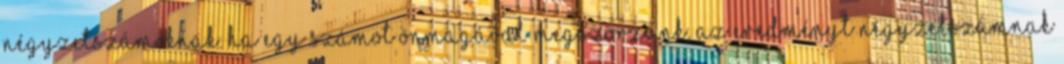
négyzetszámoknak. Ha egy számot önmagával megszorzunk, az eredményt négyzetszámnak